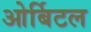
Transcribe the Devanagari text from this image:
ओर्बिटल